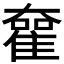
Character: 𡚊